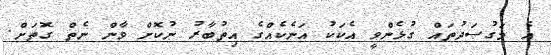
އެ މަގުސަދުތައް ގުޅެންވީ އެކަކު އަނެކެއްގެ އިތުބާރު ނުކޮށް ވާން ނެތް ގޮތަށް.